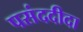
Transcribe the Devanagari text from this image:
पसंददीदा